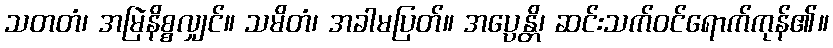
သတတံ၊ အမြဲနိစ္စလျှင်။ သမိတံ၊ အခါမပြတ်။ အပ္ပေန္တိ၊ ဆင်းသက်ဝင်ရောက်ကုန်၏။